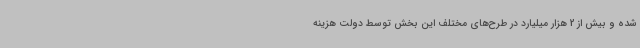
شده و بیش از 2 هزار میلیارد در طرح‌های مختلف این بخش توسط دولت هزینه